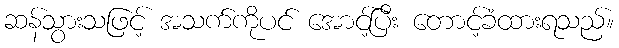
ဆန်သွားသဖြင့် အသက်ကိုပင် အောင့်ပြီး တောင့်ခံထားရသည်။